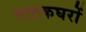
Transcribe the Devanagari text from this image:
नाटकघरों